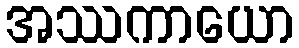
အဿကာယော